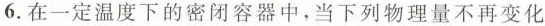
6.在一定温度下的密闭容器中，当下列物理量不再变化